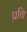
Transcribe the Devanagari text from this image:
प्रथि